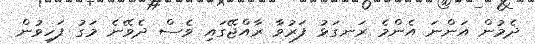
ދެމުން އަންނަ އެންމެ ރަނގަޅު ފަރުވާ ރާއްޖޭގައި ވެސް ދެވޭނެ މަގު ފަހިވުން